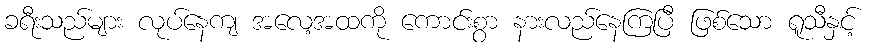
ခရီးသည်များ လုပ်နေကျ အလေ့အထကို ကောင်းစွာ နားလည်နေကြပြီ ဖြစ်သော ရူသီနှင့်